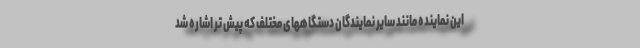
این نماینده مانند سایر نمایندگان دستگاههای مختلف که پیش تر اشاره شد